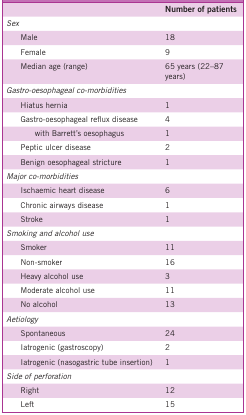
<table><thead><tr><td>[EMPTY_CELL]</td><td><b>Number of patients</b></td></tr></thead><tbody><tr><td><i>Sex</i></td><td>[EMPTY_CELL]</td></tr><tr><td> Male</td><td>18</td></tr><tr><td> Female</td><td>9</td></tr><tr><td> Median age (range)</td><td>65 years (22–87 years)</td></tr><tr><td><i>Gastro-oesophageal co-morbidities</i></td><td>[EMPTY_CELL]</td></tr><tr><td> Hiatus hernia</td><td>1</td></tr><tr><td> Gastro-oesophageal reflux disease</td><td>4</td></tr><tr><td>with Barrett’s oesophagus</td><td>1</td></tr><tr><td> Peptic ulcer disease</td><td>2</td></tr><tr><td> Benign oesophageal stricture</td><td>1</td></tr><tr><td><i>Major co-morbidities</i></td><td>[EMPTY_CELL]</td></tr><tr><td> Ischaemic heart disease</td><td>6</td></tr><tr><td> Chronic airways disease</td><td>1</td></tr><tr><td> Stroke</td><td>1</td></tr><tr><td><i>Smoking and alcohol use</i></td><td>[EMPTY_CELL]</td></tr><tr><td> Smoker</td><td>11</td></tr><tr><td> Non-smoker</td><td>16</td></tr><tr><td> Heavy alcohol use</td><td>3</td></tr><tr><td> Moderate alcohol use</td><td>11</td></tr><tr><td> No alcohol</td><td>13</td></tr><tr><td><i>Aetiology</i></td><td>[EMPTY_CELL]</td></tr><tr><td> Spontaneous</td><td>24</td></tr><tr><td> Iatrogenic (gastroscopy)</td><td>2</td></tr><tr><td> Iatrogenic (nasogastric tube insertion)</td><td>1</td></tr><tr><td><i>Side of perforation</i></td><td>[EMPTY_CELL]</td></tr><tr><td> Right</td><td>12</td></tr><tr><td> Left</td><td>15</td></tr></tbody></table>